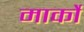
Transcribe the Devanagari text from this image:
मार्को